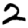
Digit: 2